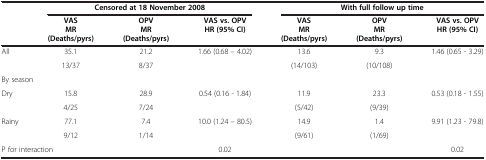
<table><thead><tr><td><b> </b></td><td colspan="3"><b>Censored at 18 November 2008</b></td><td colspan="3"><b>With full follow up time</b></td></tr><tr><td><b> </b></td><td><b>VAS</b></td><td><b>OPV</b></td><td><b>VAS vs. OPV</b></td><td><b>VAS</b></td><td><b>OPV</b></td><td><b>VAS vs. OPV</b></td></tr><tr><td><b> </b></td><td><b>MR</b></td><td><b>MR</b></td><td><b>HR (95% CI)</b></td><td><b>MR</b></td><td><b>MR</b></td><td><b>HR (95% CI)</b></td></tr><tr><td><b> </b></td><td><b>(Deaths/pyrs)</b></td><td><b>(Deaths/pyrs)</b></td><td><b> </b></td><td><b>(Deaths/pyrs)</b></td><td><b>(Deaths/pyrs)</b></td><td><b> </b></td></tr></thead><tbody><tr><td rowspan="2">All</td><td>35.1</td><td>21.2</td><td rowspan="2">1.66 (0.68 – 4.02)</td><td>13.6</td><td>9.3</td><td rowspan="2">1.46 (0.65 - 3.29)</td></tr><tr><td>13/37</td><td>8/37</td><td>(14/103)</td><td>(10/108)</td></tr><tr><td colspan="2">By season</td><td> </td><td> </td><td> </td><td> </td><td> </td></tr><tr><td rowspan="2">Dry</td><td>15.8</td><td>28.9</td><td rowspan="2">0.54 (0.16 - 1.84)</td><td>11.9</td><td>23.3</td><td rowspan="2">0.53 (0.18 - 1.55)</td></tr><tr><td>4/25</td><td>7/24</td><td>(5/42)</td><td>(9/39)</td></tr><tr><td rowspan="2">Rainy</td><td>77.1</td><td>7.4</td><td rowspan="2">10.0 (1.24 – 80.5)</td><td>14.9</td><td>1.4</td><td rowspan="2">9.91 (1.23 - 79.8)</td></tr><tr><td>9/12</td><td>1/14</td><td>(9/61)</td><td>(1/69)</td></tr><tr><td colspan="2">P for interaction</td><td> </td><td>0.02</td><td> </td><td> </td><td>0.02</td></tr></tbody></table>